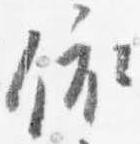
依